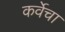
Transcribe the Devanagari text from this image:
कर्वेचा